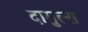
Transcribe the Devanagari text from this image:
दामुल्स